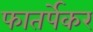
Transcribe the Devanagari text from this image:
फातर्पेकर